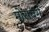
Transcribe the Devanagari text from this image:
मोसबर्ग